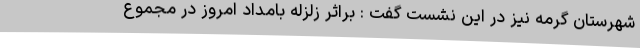
شهرستان گرمه نیز در این نشست گفت : براثر زلزله بامداد امروز در مجموع